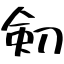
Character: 𠝏